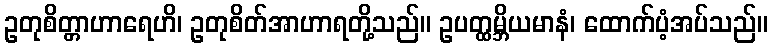
ဥတုစိတ္တာဟာရေဟိ၊ ဥတုစိတ်အာဟာရတို့သည်။ ဥပတ္ထမ္ဘိယမာနံ၊ ထောက်ပံ့အပ်သည်။